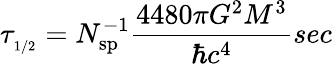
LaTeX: \tau_{_{1/2}}=N_{\mathrm{sp}}^{-1}\frac{4480\pi G^{2}M^{3}}{\hbar c^{4}}sec